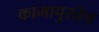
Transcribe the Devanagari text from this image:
कामापुरतेच